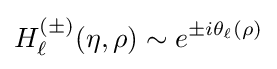
H_{\ell }^{(\pm )}(\eta ,\rho )\sim e^{\pm i\theta _{\ell }(\rho )}